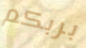
بربكم